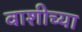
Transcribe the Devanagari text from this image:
वाशीच्या